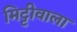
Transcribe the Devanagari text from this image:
मिट्टीवाला